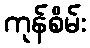
ကုန်စိမ်း